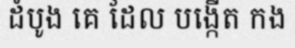
ដំបូង គេ ដែល បង្កើត កង